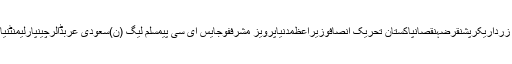
پاکستانمیاں نواز شریفشہباز شریفعمران خانآصف علی زرداریکرپشنقرضہنقصانپاکستان تحریک انصافوزیراعظمدنیاپرویز مشرففوجایس ای سی پیمسلم لیگ (ن)سعودی عربڈالرچینپارلیمنٹنیا پاکستانمیراجمہوریتبجٹمتحدہ عرب اماراتکمپنیسعودی